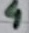
Text: 4